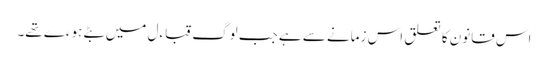
اس قانون کا تعلق اس زمانے سے ہے جب لوگ قباءل میں بٹے ہوءے تھے۔